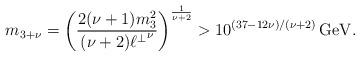
LaTeX: \begin{align*}m_{3+\nu}=\left(\frac{2(\nu+1)m_3^2}{(\nu+2){\ell^\perp}^\nu}\right)^{\frac{1}{\nu+2}}>10^{(37-12\nu)/(\nu+2)}\,\mbox{GeV}.\end{align*}